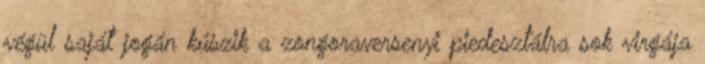
végül saját jogán kúszik a zongoraversenyi piedesztálra sok virgája